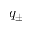
q _ { \pm }